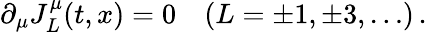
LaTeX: \partial_{\mu}J_{L}^{\mu}(t,x)=0\quad(L=\pm 1,\pm 3,\dots)\, .